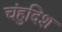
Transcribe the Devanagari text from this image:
चंहुदिश